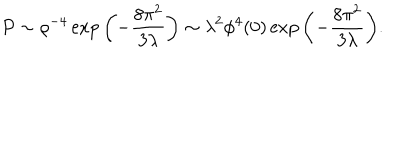
LaTeX: P \sim \rho ^ { - 4 } \exp { \left( - { \frac { 8 \pi ^ { 2 } } { 3 \lambda } } \right) } \sim \lambda ^ { 2 } \phi ^ { 4 } ( 0 ) \exp { \left( - { \frac { 8 \pi ^ { 2 } } { 3 \lambda } } \right) } .